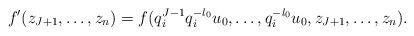
LaTeX: \begin{align*} f'(z_{J+1},\dots,z_n)= f(q_i^{J-1} q_i^{-l_0} u_0, \dots, q_i^{-l_0} u_0, z_{J+1}, \dots, z_n). \end{align*}